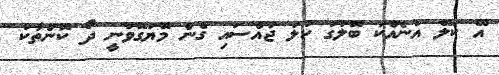
އޭ ކަލޭ އަނެއްކަ ބޮލުގަ ކުލަ ޖައްސައި ގެން މޮޔަގޮވަނީ ދޯ ކޮންތާކު